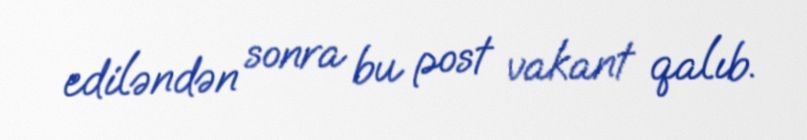
ediləndən sonra bu post vakant qalıb.